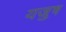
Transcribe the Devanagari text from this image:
यजुष